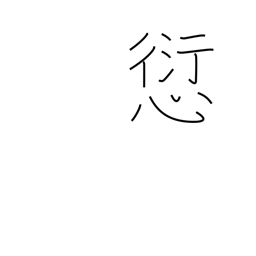
Meaning: offence